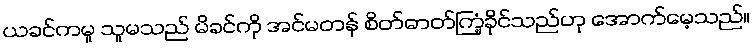
ယခင်ကမူ သူမသည် မိခင်ကို အင်မတန် စိတ်ဓာတ်ကြံ့ခိုင်သည်ဟု အောက်မေ့သည်။